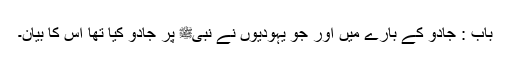
باب : جادو کے بارے میں اور جو یہودیوں نے نبیﷺ پر جادو کیا تھا اس کا بیان۔